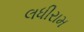
લધીરામ